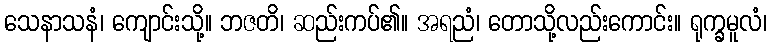
သေနာသနံ၊ ကျောင်းသို့။ ဘဇတိ၊ ဆည်းကပ်၏။ အရညံ၊ တောသို့လည်းကောင်း။ ရုက္ခမူလံ၊